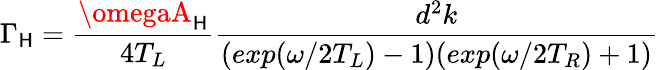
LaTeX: \Gamma_{\mathsf{H}}=\frac{{\omegaA_{\mathsf{H}}}}{{4T_{L}}}\frac{{d^{2}k}}{{(exp(\omega/2T_{L})-1)(exp(\omega/2T_{R})+1)}}